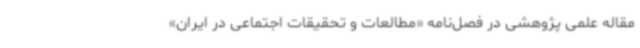
مقاله علمی پژوهشی در فصل‌نامه «مطالعات و تحقیقات اجتماعی در ایران»